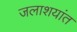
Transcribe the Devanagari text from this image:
जलाशयांत